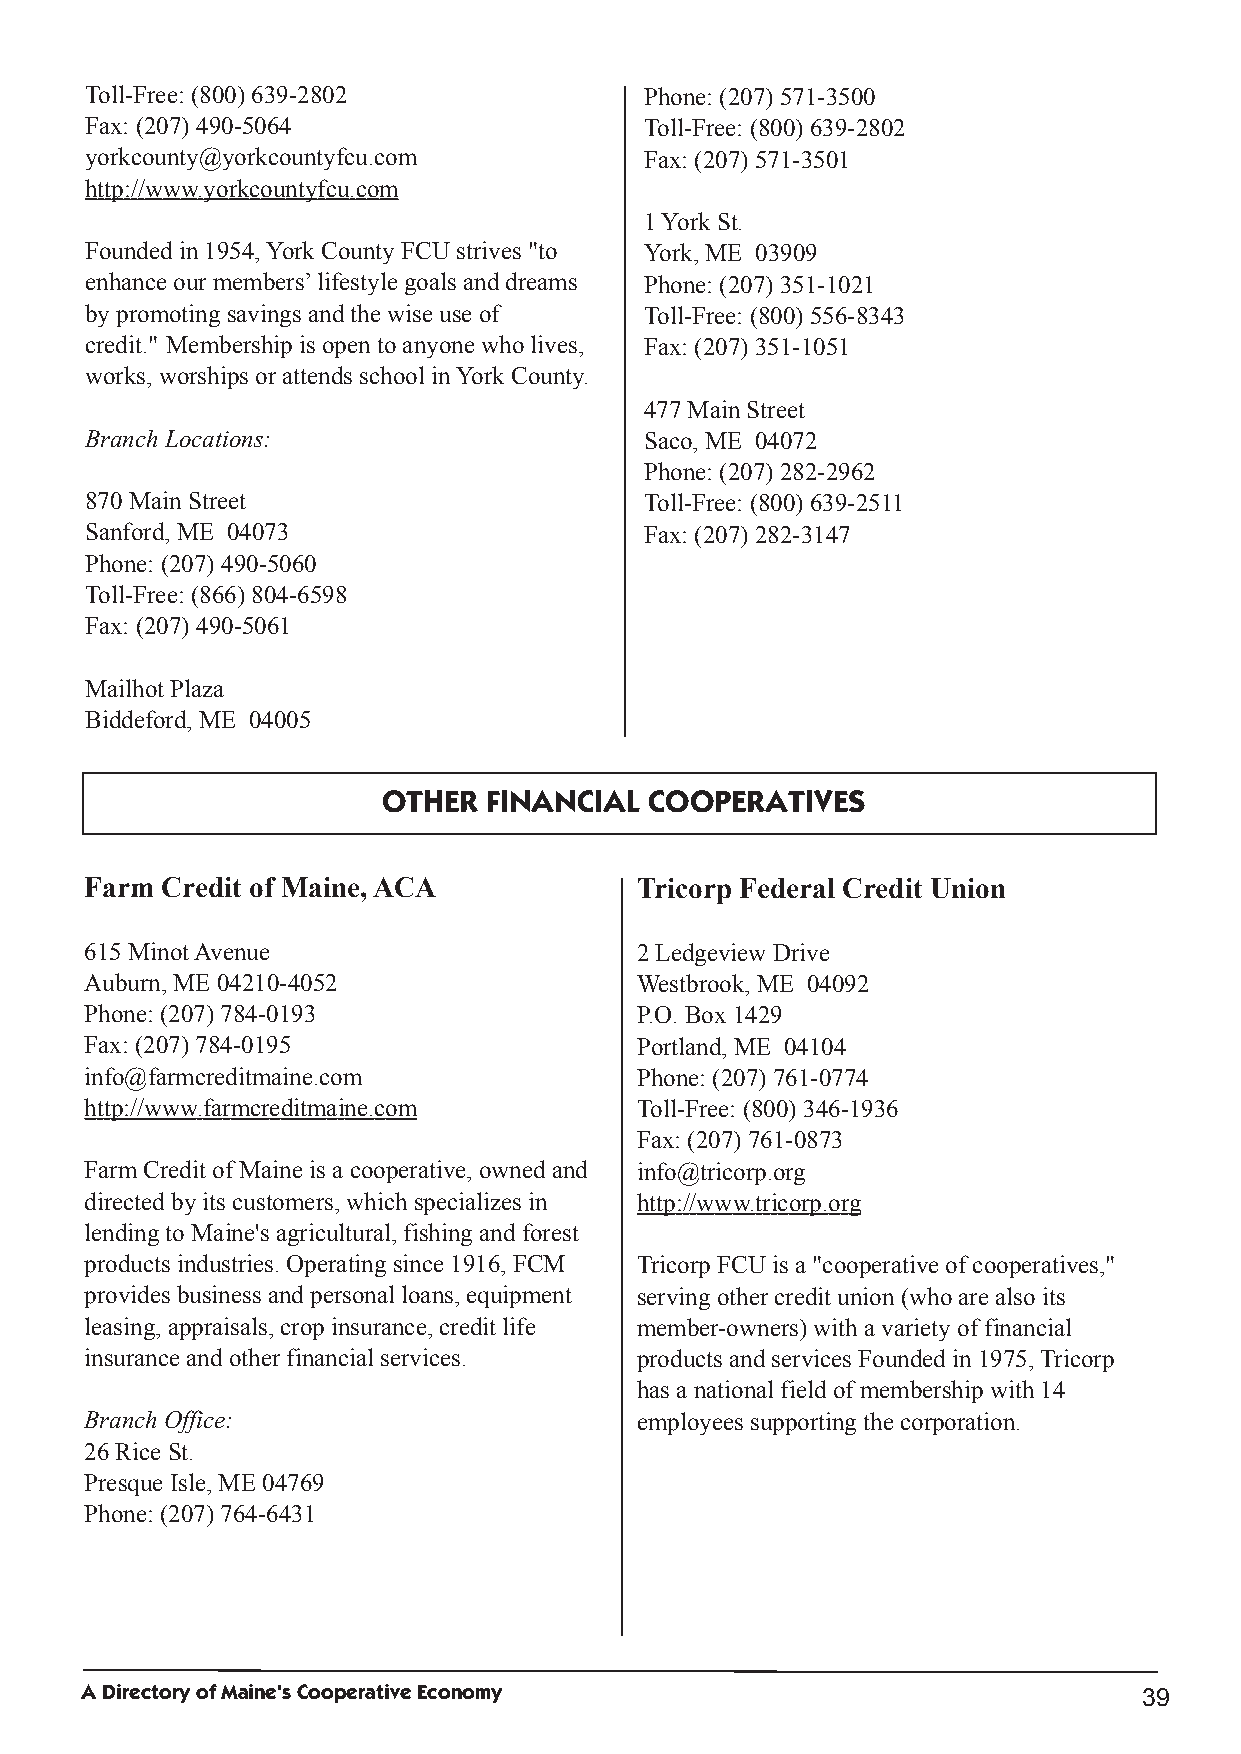
Toll­Free: (800) 639­2802            Phone: (207) 571­3500
 Fax: (207) 490­5064                  Toll­Free: (800) 639­2802
 yorkcounty@yorkcountyfcu.com         Fax: (207) 571­3501
 http://www.yorkcountyfcu.com
 1YorkSt.
 Foundedin1954,YorkCountyFCU strives "to York,ME 03909
 enhance our members’lifestyle goals anddreams Phone: (207) 351­1021
 bypromotingsavings andthe wise use of Toll­Free: (800) 556­8343
 credit." Membershipis opentoanyone wholives, Fax: (207) 351­1051
 works,worships or attends school inYorkCounty.
 477MainStreet
 BranchLocations:                     Saco,ME 04072
 Phone: (207) 282­2962
 870MainStreet                        Toll­Free: (800) 639­2511
 Sanford,ME 04073                     Fax: (207) 282­3147
 Phone: (207) 490­5060
 Toll­Free: (866) 804­6598
 Fax: (207) 490­5061
 Mailhot Plaza
 Biddeford,ME 04005
 OTHER  FINANCIAL  COOPERATIVES
 Farm Credit of Maine,ACA            Tricorp Federal Credit Union
 615MinotAvenue                      2Ledgeview Drive
 Auburn,ME 04210­4052                Westbrook,ME 04092
 Phone: (207) 784­0193               P.O.Box1429
 Fax: (207) 784­0195                 Portland,ME 04104
 info@farmcreditmaine.com            Phone: (207) 761­0774
 http://www.farmcreditmaine.com      Toll­Free: (800) 346­1936
 Fax: (207) 761­0873
 Farm Credit of Maine is a cooperative,ownedand info@tricorp.org
 directedbyits customers,whichspecializes in http://www.tricorp.org
 lendingtoMaine's agricultural,fishingandforest
 products industries.Operatingsince 1916,FCM TricorpFCU is a "cooperative of cooperatives,"
 provides business andpersonal loans,equipment servingother credit union(whoare alsoits
 leasing,appraisals,cropinsurance,credit life member­owners) witha varietyof financial
 insurance andother financial services. products andservices Foundedin1975,Tricorp
 has a national fieldof membershipwith14
 BranchOffice:                       employees supportingthe corporation.
 26Rice St.
 Presque Isle,ME 04769
 Phone: (207) 764­6431
 ADirectoryofMaine'sCooperativeEconomy
 39